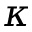
\kappa